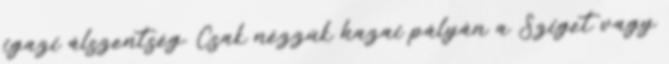
igazi álszentség. Csak nézzük hazai pályán a Sziget vagy